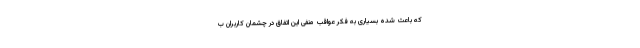
که باعث شده بسیاری به فکر عواقب منفی این اتفاق در چشمان کاربران ب